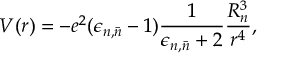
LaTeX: V ( r ) = - e ^ { 2 } ( \epsilon _ { n , \bar { n } } - 1 ) \frac { 1 } { \epsilon _ { n , \bar { n } } + 2 } \frac { R _ { n } ^ { 3 } } { r ^ { 4 } } ,